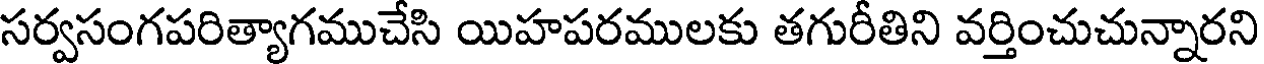
సర్వసంగపరిత్యాగముచేసి యిహపరములకు తగురీతిని వర్తించుచున్నారని